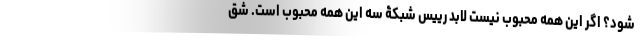
شود؟ اگر این همه محبوب نیست لابد رییس شبکۀ سه این همه محبوب است. شِقّ